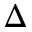
\Delta